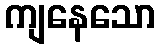
ကျနေသော